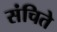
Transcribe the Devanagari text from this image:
संचिते